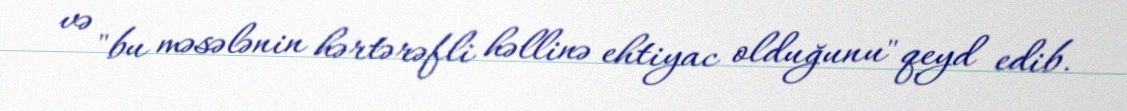
və "bu məsələnin hərtərəfli həllinə ehtiyac olduğunu" qeyd edib.